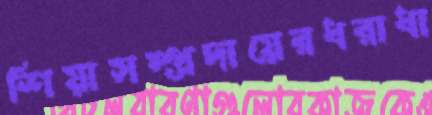
শিয়াসম্প্রদায়েরধরাধা